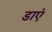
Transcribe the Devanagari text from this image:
डाएं